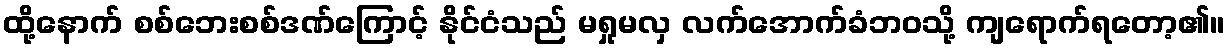
ထို့နောက် စစ်ဘေးစစ်ဒဏ်ကြောင့် နိုင်ငံသည် မရှုမလှ လက်အောက်ခံဘဝသို့ ကျရောက်ရတော့၏။